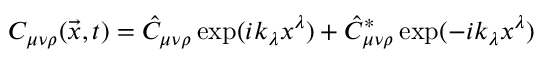
C _ { \mu \nu \rho } ( \vec { x } , t ) = \hat { C } _ { \mu \nu \rho } \exp ( i k _ { \lambda } x ^ { \lambda } ) + \hat { C } _ { \mu \nu \rho } ^ { * } \exp ( - i k _ { \lambda } x ^ { \lambda } )